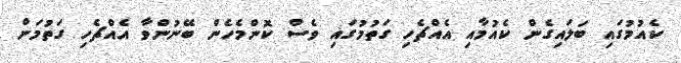
ކެއުމުގައި ބަލައިގެން ކެއުމާއި އެއްޗެހި ގަތުމުގައި ވެސް ކޮންމެހެން ބޭނުންވާ އެއްޗެހި ގަތުމަށް